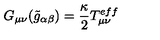
G _ { \mu \nu } ( \tilde { g } _ { \alpha \beta } ) = \frac { \kappa } { 2 } T _ { \mu \nu } ^ { e f f }